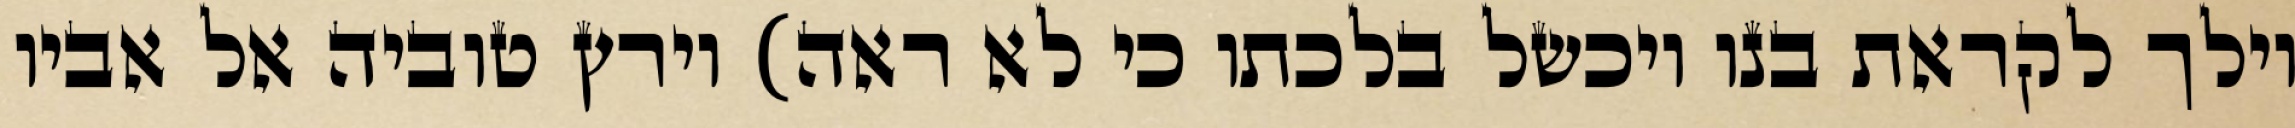
וילך לקראת בנו ויכשל בלכתו כי לא ראה) וירץ טוביה אל אביו